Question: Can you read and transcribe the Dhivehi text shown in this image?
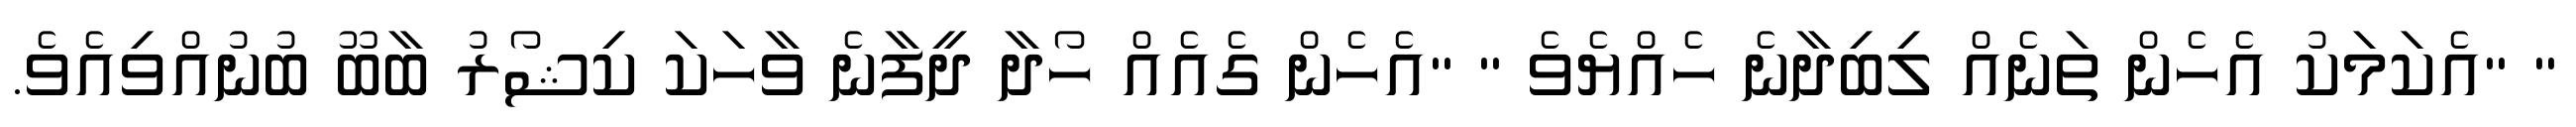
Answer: " "އެކަމަކު އެހެން ތަނެއް ލިބިދާނެ ހެއްޔެވެ " "އެހެން ގެއެއް ހޯދާ ދީފާނެ ވާހަކަ ކިޝޯރު ބާބޫ ބުނުއްވިއެވެ.